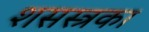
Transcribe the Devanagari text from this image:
शसस्त्रका